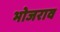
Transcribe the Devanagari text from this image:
भोजराव